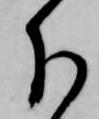
分